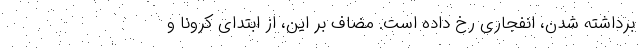
برداشته شدن، انفجاری رخ داده است. مضاف بر این، از ابتدای کرونا و